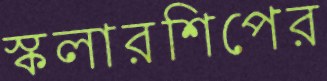
স্কলারশিপের